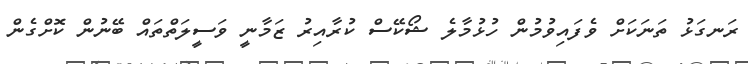
ރަނގަޅު ތަނަކަށް ވެފައިވުމުން ހުޅުމާލެ ޝޯކޭސް ކުރާއިރު ޒަމާނީ ވަސީލަތްތައް ބޭނުން ކޮށްގެން